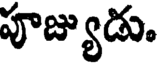
పూజ్యుడు.